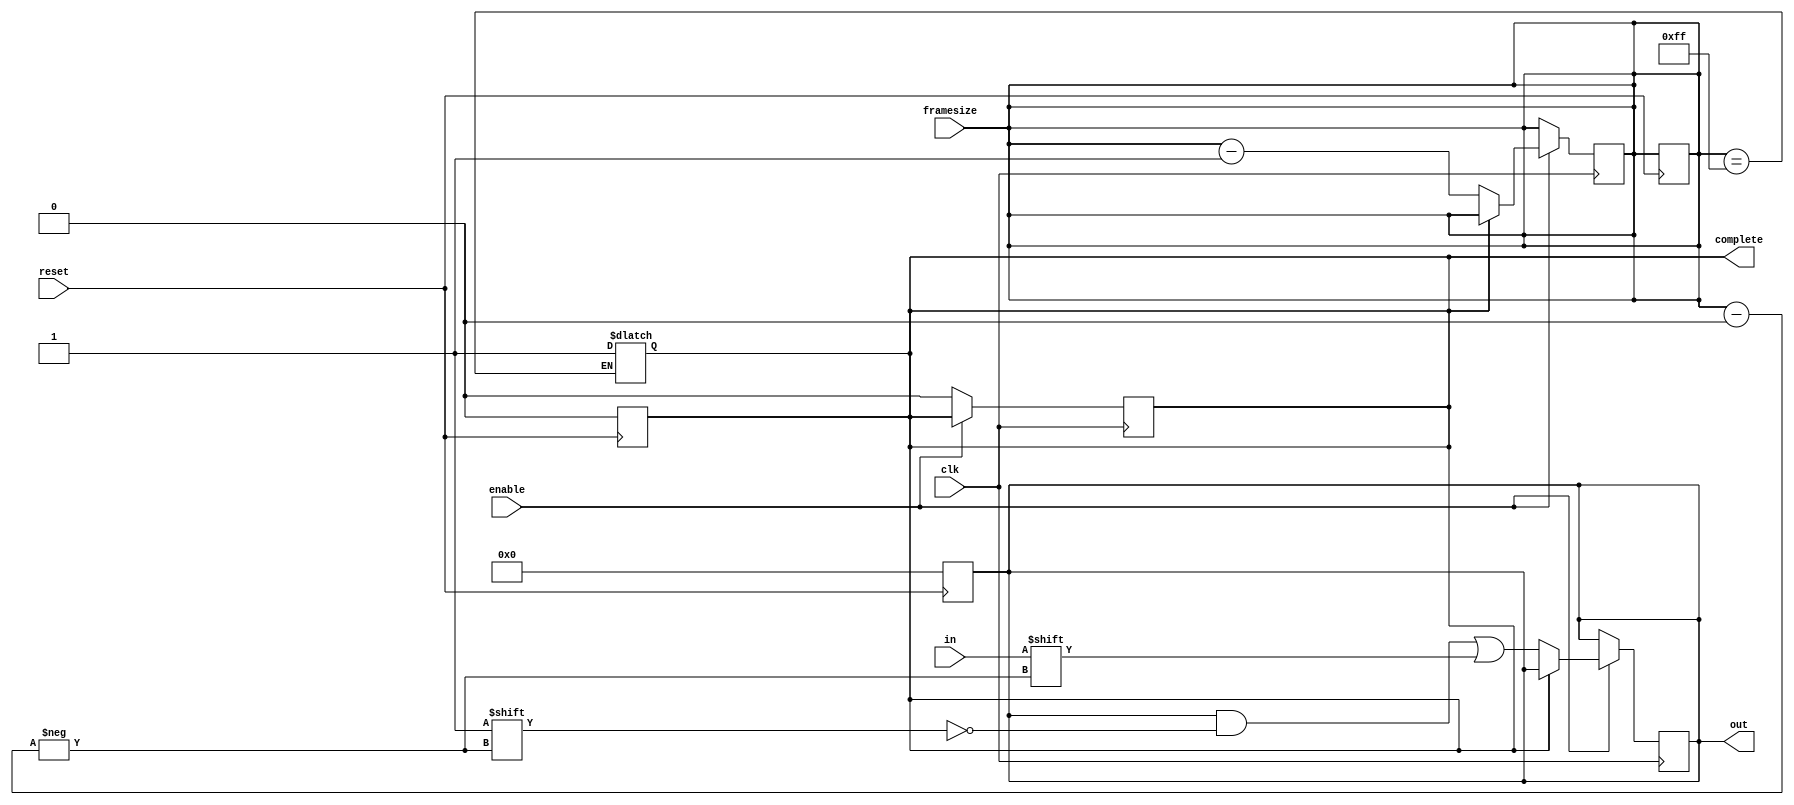
module deserializer(
	clk, 		//serialized data proper clock
	enable, 	//suspend while enable on low
	reset, 		//set output to zero and reset counter to 0 on high
	framesize, 	//number of bits to be deserialized - 1
	in, 		//serialized data
	out, 		//deserialized data
	complete	//reset counter to 0 and hold out's data while high
);
	
	parameter BITS = 136;		//size of deserializer
	parameter BITS_COUNTER = 8;	//size of counter, must be at least log2(BITS)
	parameter COUNTER_MAX = 8'hFF;	//max possible value
	
	input clk, enable, reset, in;
	input [BITS_COUNTER-1:0] framesize;
	
	output reg complete;
	output reg [BITS-1:0] out;
	reg [BITS_COUNTER-1:0] counter;	//we need to know which array item (out) to write on
		
	always@(posedge reset) begin
		out = 0;
		counter = framesize;
		complete = 0;
	end
	
	
	always@(posedge clk) begin
		if(enable) begin
			if(~complete) begin	//as long there's not any reset state, count
				out[counter] <= in;
				counter = counter - 1;	//next item
			end
		end else begin
			complete = 0;
		end
	end
	
	always@(counter) begin
		if(counter == COUNTER_MAX) begin	//all bits have been read
			complete = 1;
		end
		
	end
	
	always@(complete) begin
		counter = framesize;	//this way there's no need to reset every time we start a transaction (resetting all out bits consumes power)
	end
	
endmodule